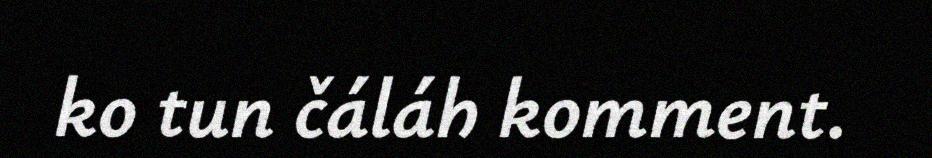
ko tun čáláh komment.